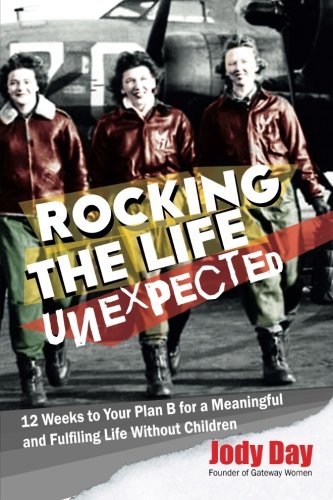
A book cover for Rocking the Life Unexpected: 12 Weeks to Your Plan B for a Meaningful and Fulfiling Life Without Children; Jody Day; Parenting & Relationships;